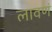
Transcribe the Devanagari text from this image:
लावणं